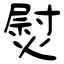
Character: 熨